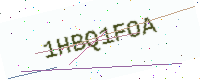
Text: 1HBQ1FOA